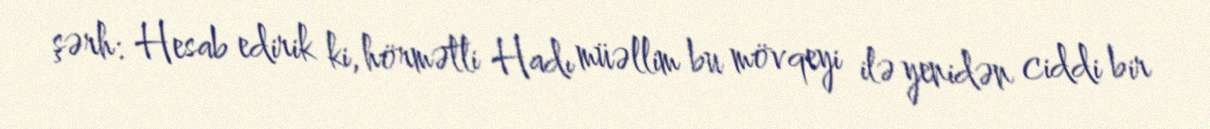
şərh: Hesab edirik ki, hörmətli Hadı müəllim bu mövqeyi ilə yenidən ciddi bir